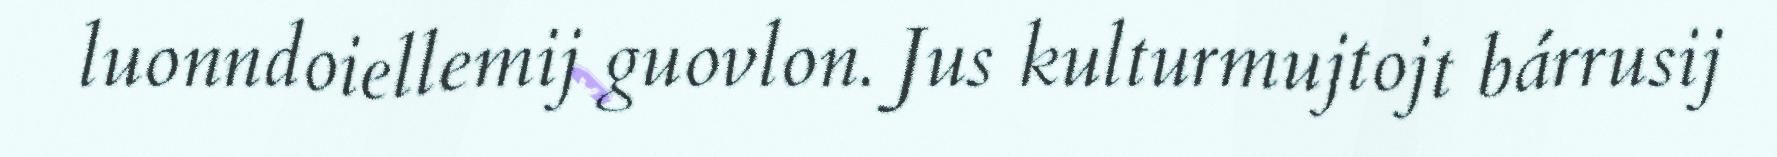
luonndoiellemij guovlon. Jus kulturmujtojt bárrusij